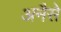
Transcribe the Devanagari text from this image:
अनैसे